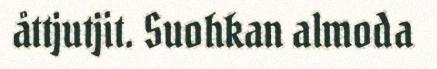
åttjutjit. Suohkan almoda